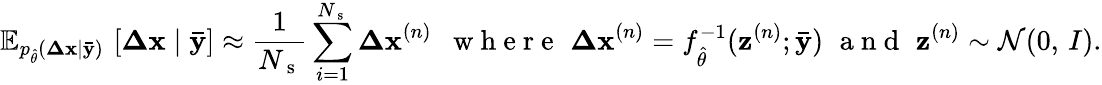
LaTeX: \mathbb{E}_{p_{\hat{\theta}}(\mathbf{\Delta x}\mid\mathbf{\bar{y}})}\, \left[\mathbf{\Delta x}\mid\mathbf{\bar{y}}\right]\approx\frac{1}{N_{\mathrm{~s~}}}\sum_{i=1}^{N_{\mathrm{~s~}}}\mathbf{\Delta x}^{(n)}\, \, \, \mathrm{~w~h~e~r~e~}\, \, \mathbf{\Delta x}^{(n)}=f_{\hat{\theta}}^{-1}(\mathbf{z}^{(n)};\mathbf{\bar{y}})\, \, \mathrm{~a~n~d~}\, \, \mathbf{z}^{(n)}\sim\mathcal{N}(0,\, I).